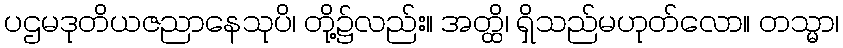
ပဌမဒုတိယဇညာနေသုပိ၊ တို့၌လည်း။ အတ္ထိ၊ ရှိသည်မဟုတ်လော။ တသ္မာ၊